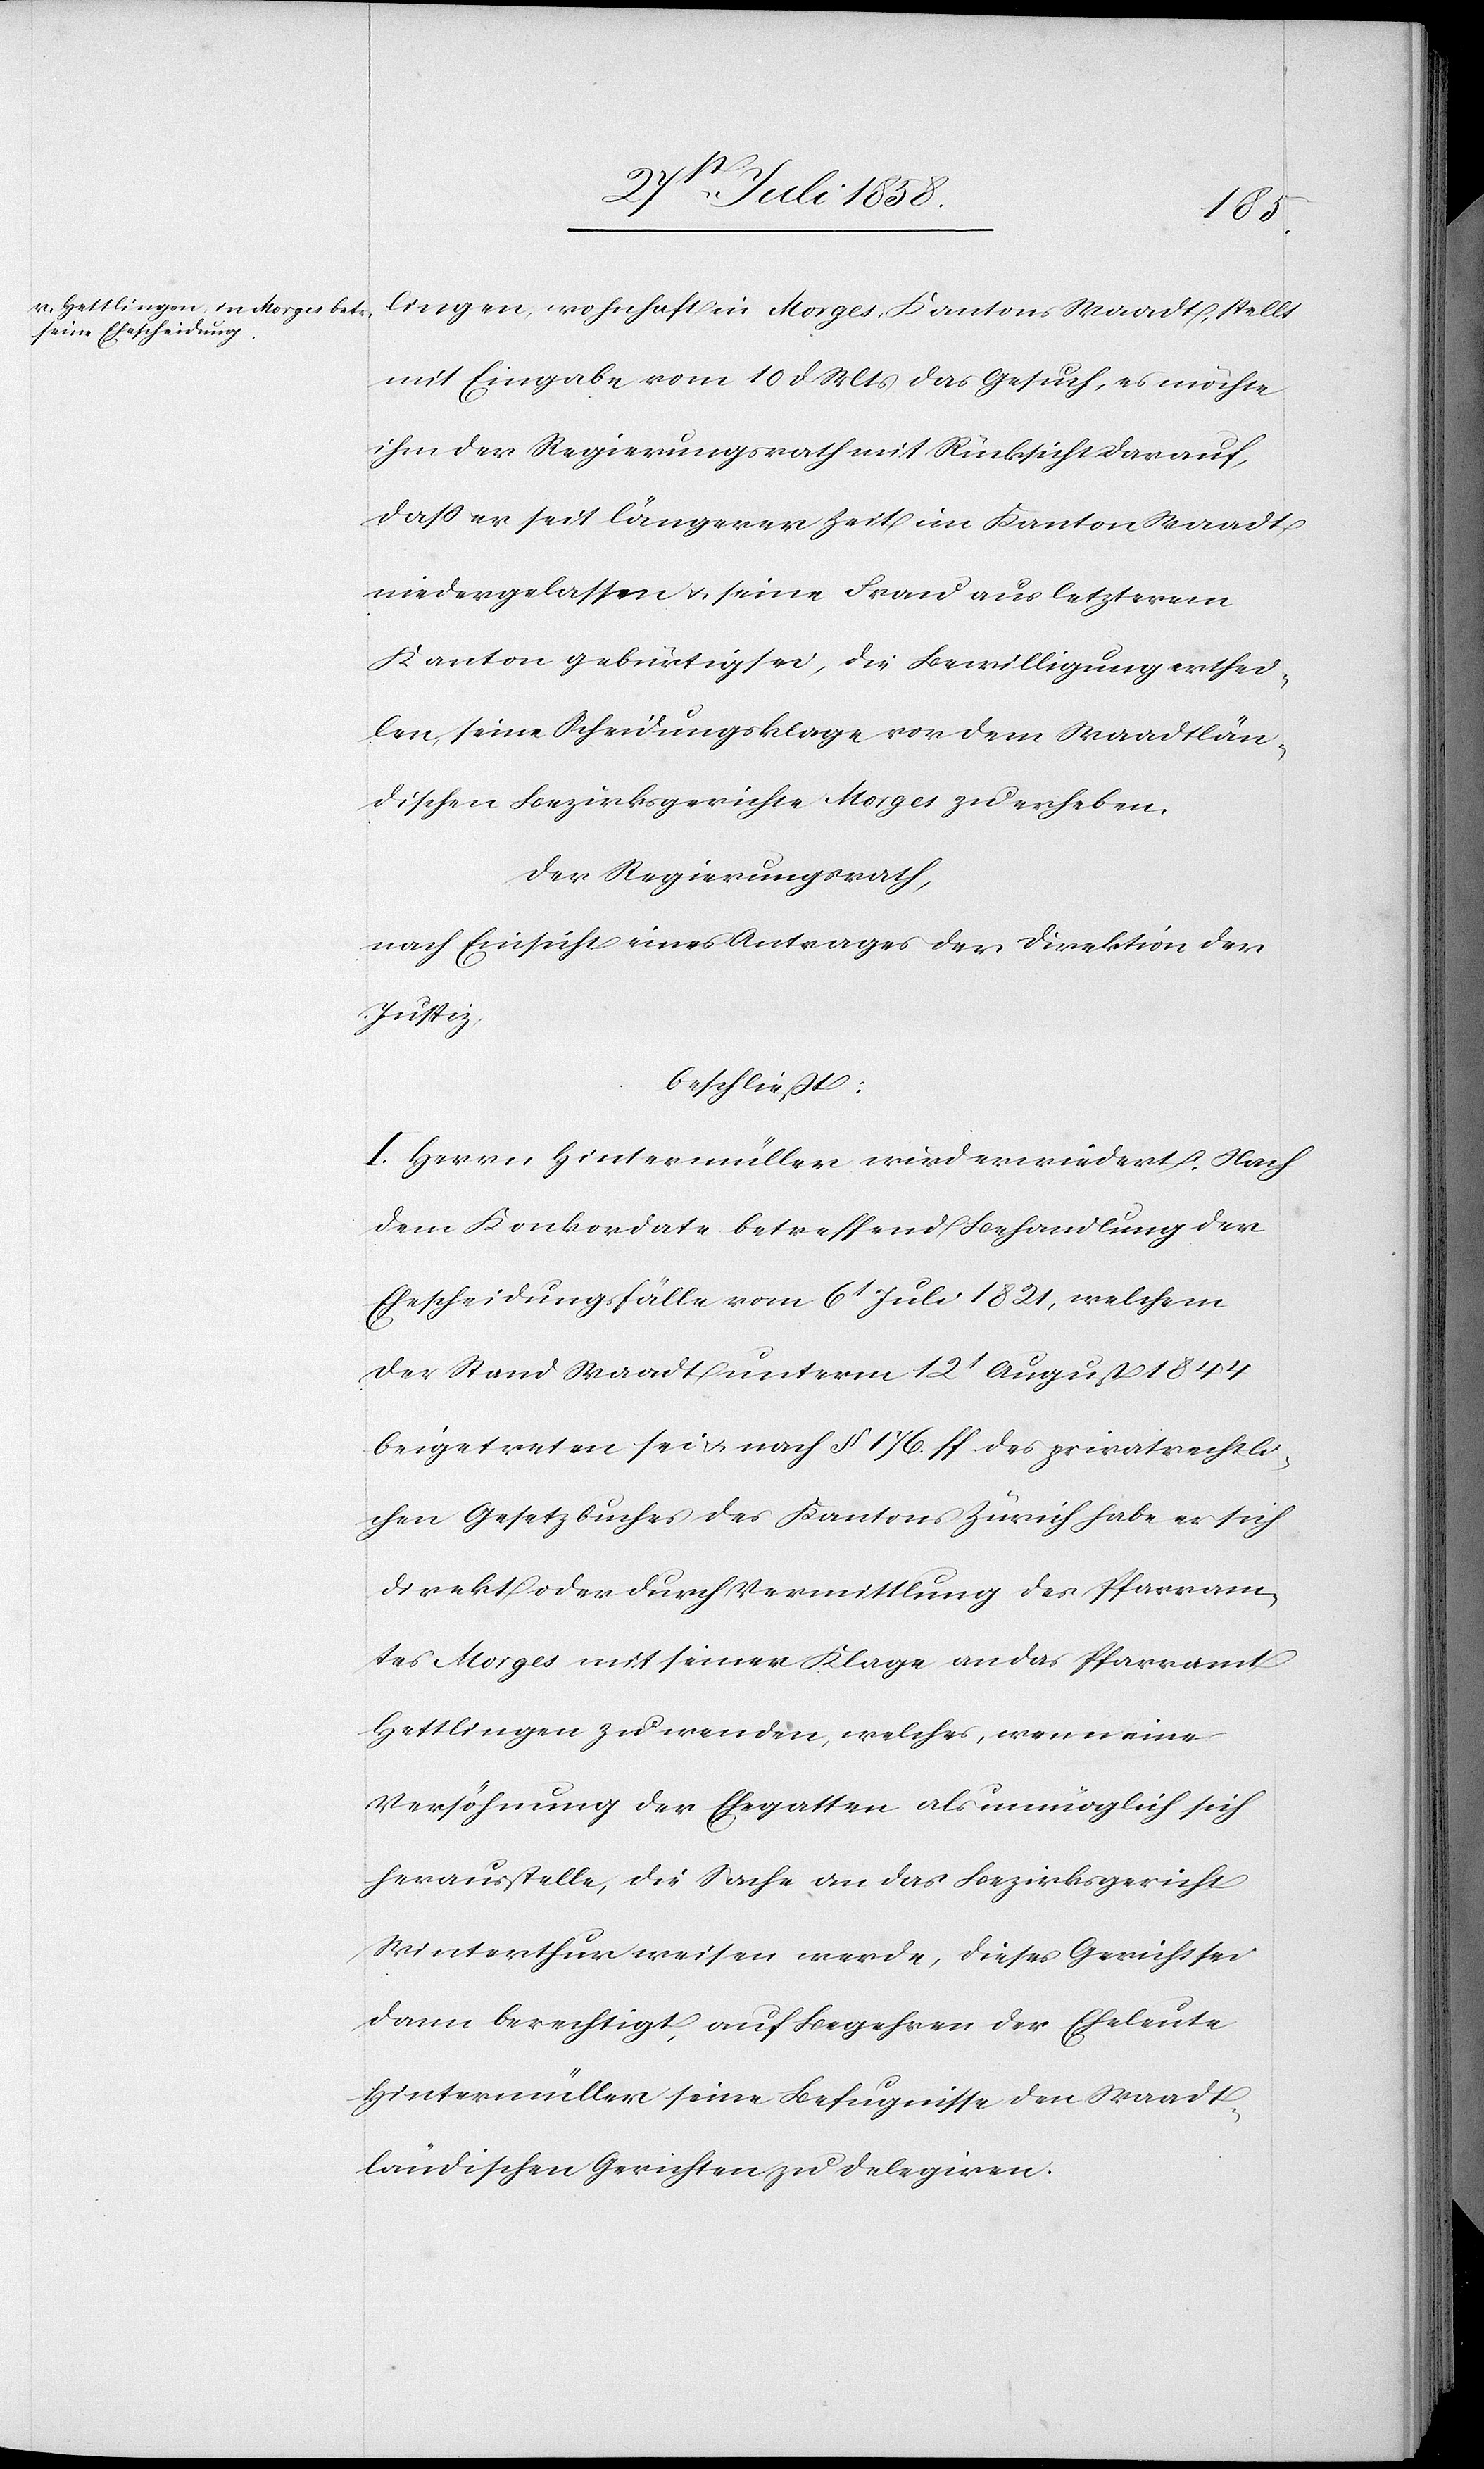
lingen, wohnhaft in Morges, Kantons Waadt, stellt
mit Eingabe vom 10 d. Mts das Gesuch, es möchte
ihm der Regierungsrath mit Rücksicht darauf,
dass er seit längerer Zeit im Kanton Waadt
niedergelassen & seine Frau aus letzterem
Kanton gebürtig sei, die Bewilligung erthei¬
len, seine Scheidungsklage vor dem Waadtlän¬
dischen Bezirksgerichte Morges zu erheben.
Der Regierungsrath,
nach Einsicht eines Antrages der Direktion der
Justiz,
beschließt:
I. Herrn Hintermüller wird erwiedert: Nach
dem Konkordate betreffend Behandlung der
Ehescheidungsfälle vom 6t Juli 1821, welchem
der Stand Waadt unterm 12t August 1844
beigetreten sei & nach § 176. ff des privatrechtli¬
chen Gesetzbuches des Kantons Zürich habe er sich
direkt oder durch Vermittlung des Pfarram¬
tes Morges mit seiner Klage an das Pfarramt
Hettlingen zu wenden, welches, wenn eine
Versöhnung der Ehegatten als unmöglich sich
herausstelle, die Sache an das Bezirksgericht
Winterthur weisen werde, dieses Gericht sei
dann berechtigt, auf Begehren der Eheleute
Hintermüller seine Befugnisse den Waadt¬
ländischen Gerichten zu delegiren.